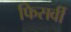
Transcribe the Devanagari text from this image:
फिसर्वी